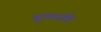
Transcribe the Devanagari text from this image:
हुलसति